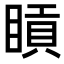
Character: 𥈿